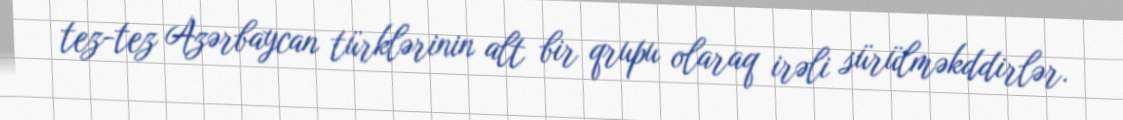
tez-tez Azərbaycan türklərinin alt bir qrupu olaraq irəli sürülməkddirlər.